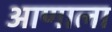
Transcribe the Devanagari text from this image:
आणाला